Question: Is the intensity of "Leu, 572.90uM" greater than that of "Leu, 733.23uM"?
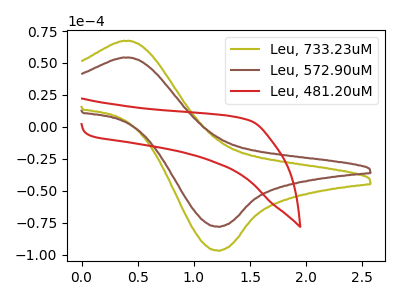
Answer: <think>The olive curve "Leu, 733.23uM" has an anodic peak at (0.45V, 67.15uA) and a cathodic peak at (1.20V, -96.65uA). The brown curve "Leu, 572.90uM" has an anodic peak at (0.45V, 54.15uA) and a cathodic peak at (1.20V, -78.00uA). The red curve "Leu, 481.20uM" has no peaks.
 All the peaks in "Leu, 572.90uM" have a peak in "Leu, 733.23uM" at the same potential. Every peak in "Leu, 572.90uM" is lower than every peak in "Leu, 733.23uM".</think>
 <answer>"Leu, 572.90uM" has less signal than "Leu, 733.23uM".</answer>
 <eval>less_signal</eval>